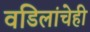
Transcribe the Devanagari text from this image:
वडिलांचेही